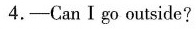
4. -Can I go outside?